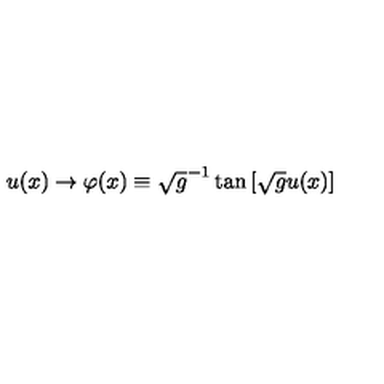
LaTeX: u ( x ) \rightarrow \varphi ( x ) \equiv \sqrt { g } ^ { - 1 } \tan \left[ \sqrt { g } u ( x ) \right]